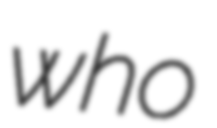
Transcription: who